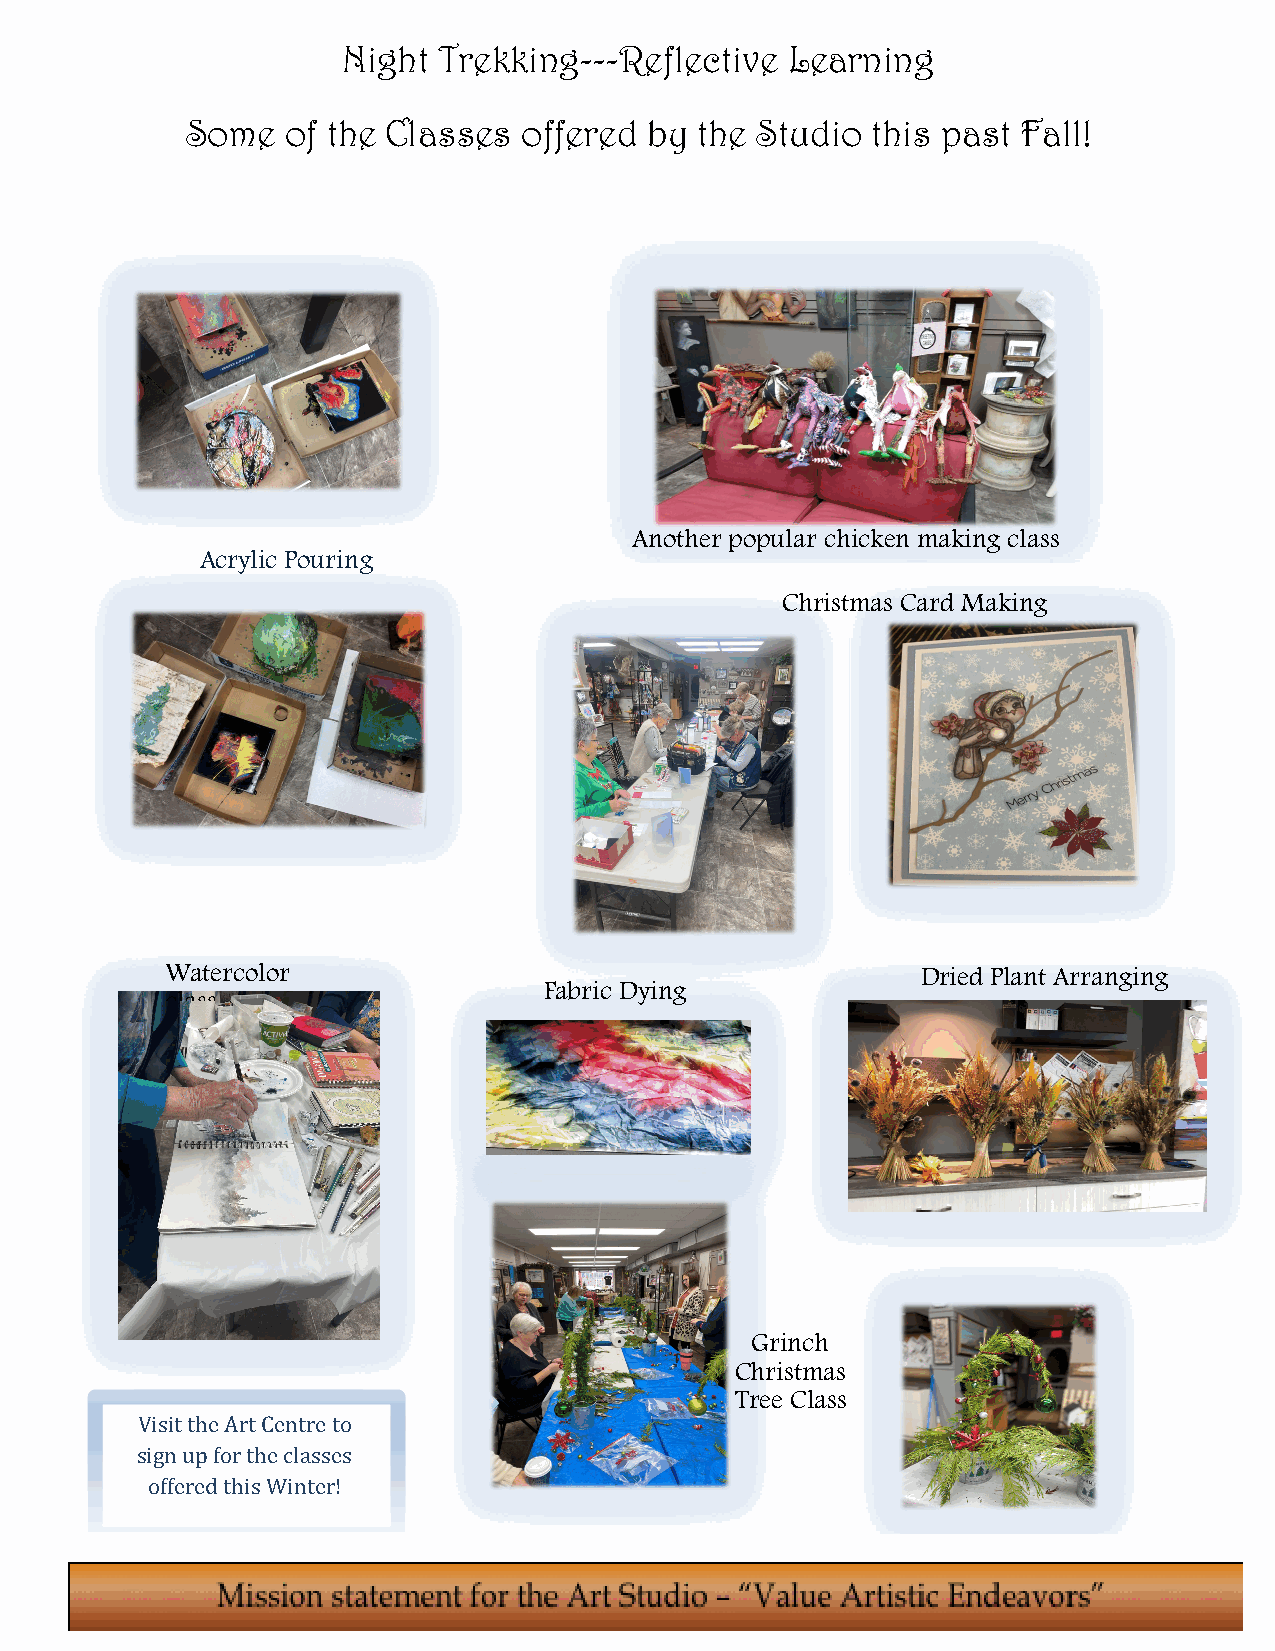
Night Trekking---Reflective  Learning
 Some   of the Classes  offered by the Studio  this past Fall!
 Another popular chicken making class
 Acrylic Pouring
 Christmas Card Making
 Watercolor                                        Dried Plant Arranging
 Fabric Dying
 class
 Grinch
 Christmas
 Tree Class
 Visit the Art Centre to
 sign up for the classes
 offered this Winter!